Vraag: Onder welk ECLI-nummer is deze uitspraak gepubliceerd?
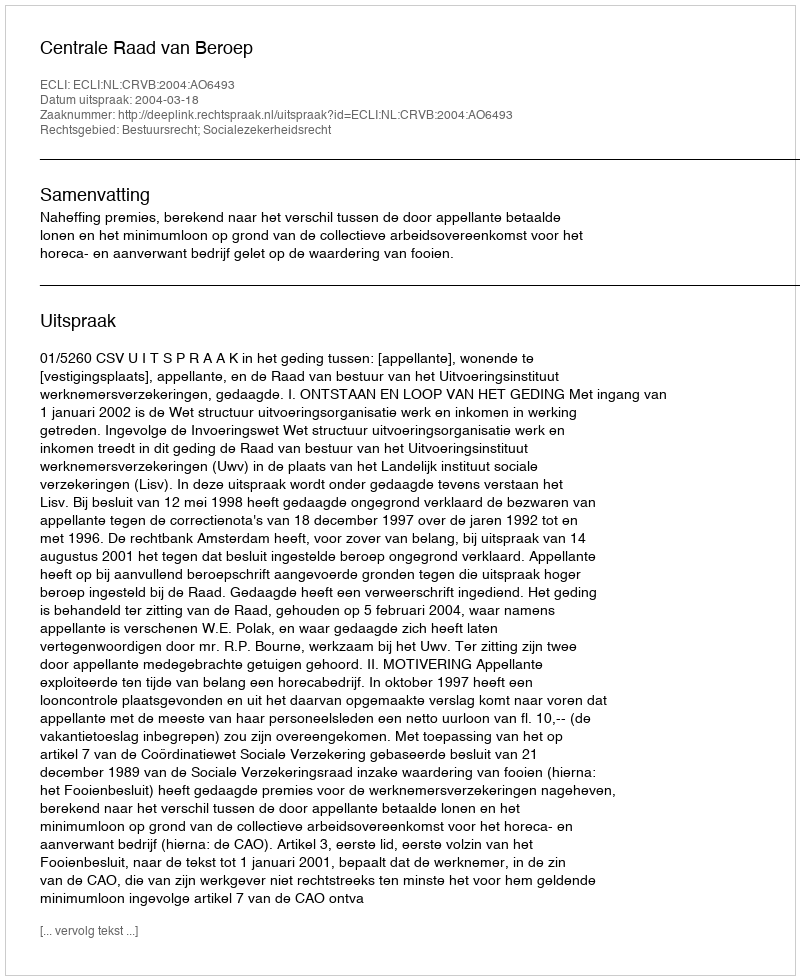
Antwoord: ECLI:NL:CRVB:2004:AO6493